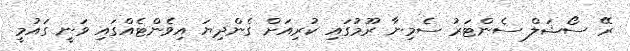
ރޭ ސޯޝަލް ސެންޓަރު ސެމިނާ ރޫމުގައި ކުރިއަށް ގެންދިޔަ އިވެންޓެއްގައި ވަނީ ގައުމީ